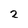
Character: 2